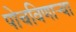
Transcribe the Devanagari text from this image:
पोचविणाऱ्या